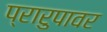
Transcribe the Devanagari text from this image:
प्रारुपावर